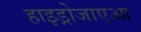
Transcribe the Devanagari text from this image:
हाइड्रोजाएआ